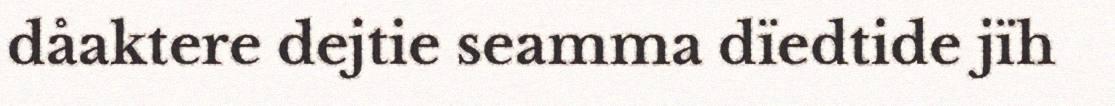
dåaktere dejtie seamma dïedtide jïh